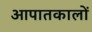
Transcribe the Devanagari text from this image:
आपातकालों